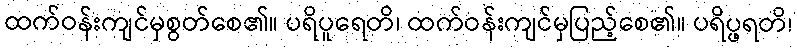
ထက်ဝန်းကျင်မှစွတ်စေ၏။ ပရိပူရေတိ၊ ထက်ဝန်းကျင်မှပြည့်စေ၏။ ပရိပ္ဖရတိ၊